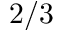
2 / 3